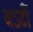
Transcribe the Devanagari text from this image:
बऽर्टी